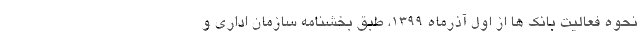
نحوه فعالیت بانک ها از اول آذرماه ۱۳۹۹، طبق بخشنامه سازمان اداری و